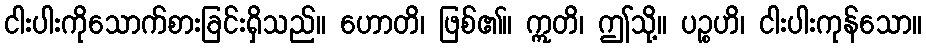
ငါးပါးကိုသောက်စားခြင်းရှိသည်။ ဟောတိ၊ ဖြစ်၏။ ဣတိ၊ ဤသို့။ ပဉ္စဟိ၊ ငါးပါးကုန်သော။